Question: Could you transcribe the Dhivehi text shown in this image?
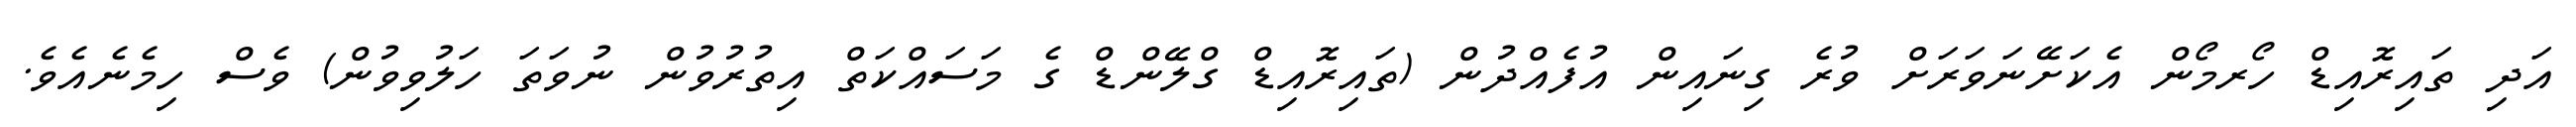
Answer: އަދި ތައިރޮއިޑް ހޯރމޯން އެކަށޭނަވަރަށް ވުރެ ގިނައިން އުފެއްދުން (ތައިރޮއިޑް ގްލޭންޑް ގެ މަސައްކަތް އިތުރުވުން ނުވަތަ ހަލުވިވުން) ވެސް ހިމެނެއެވެ.